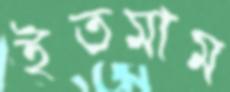
ইতমাম